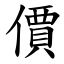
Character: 價